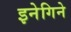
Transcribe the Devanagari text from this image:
इनेगिने